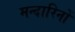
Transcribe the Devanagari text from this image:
मन्दारिनों